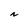
Character: N